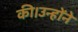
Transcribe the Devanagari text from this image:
की।उन्होंने